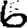
Digit: 6